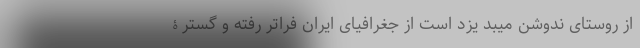
از روستای ندوشنِ میبدِ یزد است از جغرافیای ایران فراتر رفته و گسترۀ